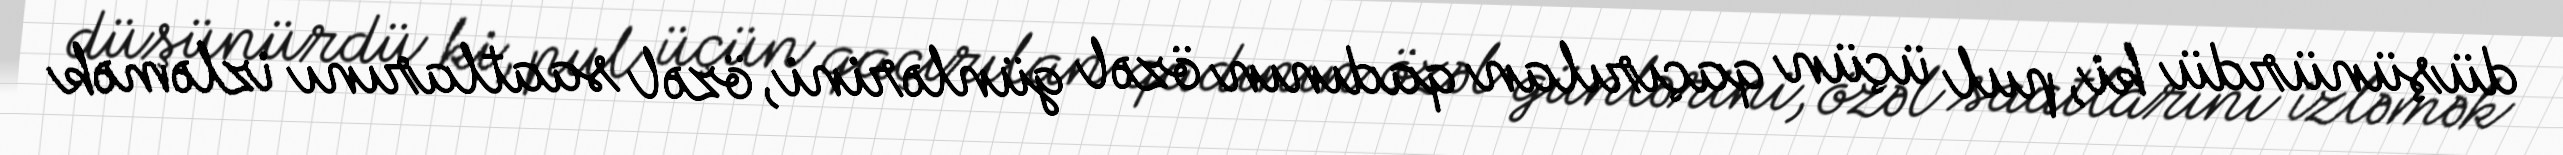
düşünürdü ki, pul üçün qaçırılan qadının özəl günlərini, özəl saatlarını izləmək